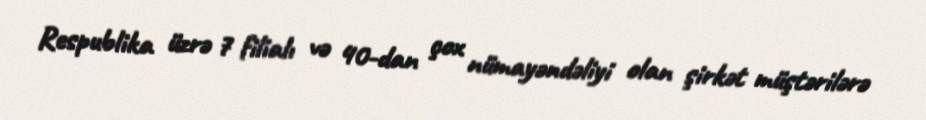
Respublika üzrə 7 filialı və 40-dan çox nümayəndəliyi olan şirkət müştərilərə